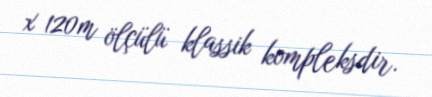
x 120m ölçülü klassik kompleksdir.